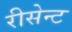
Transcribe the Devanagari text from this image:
रीसेन्ट